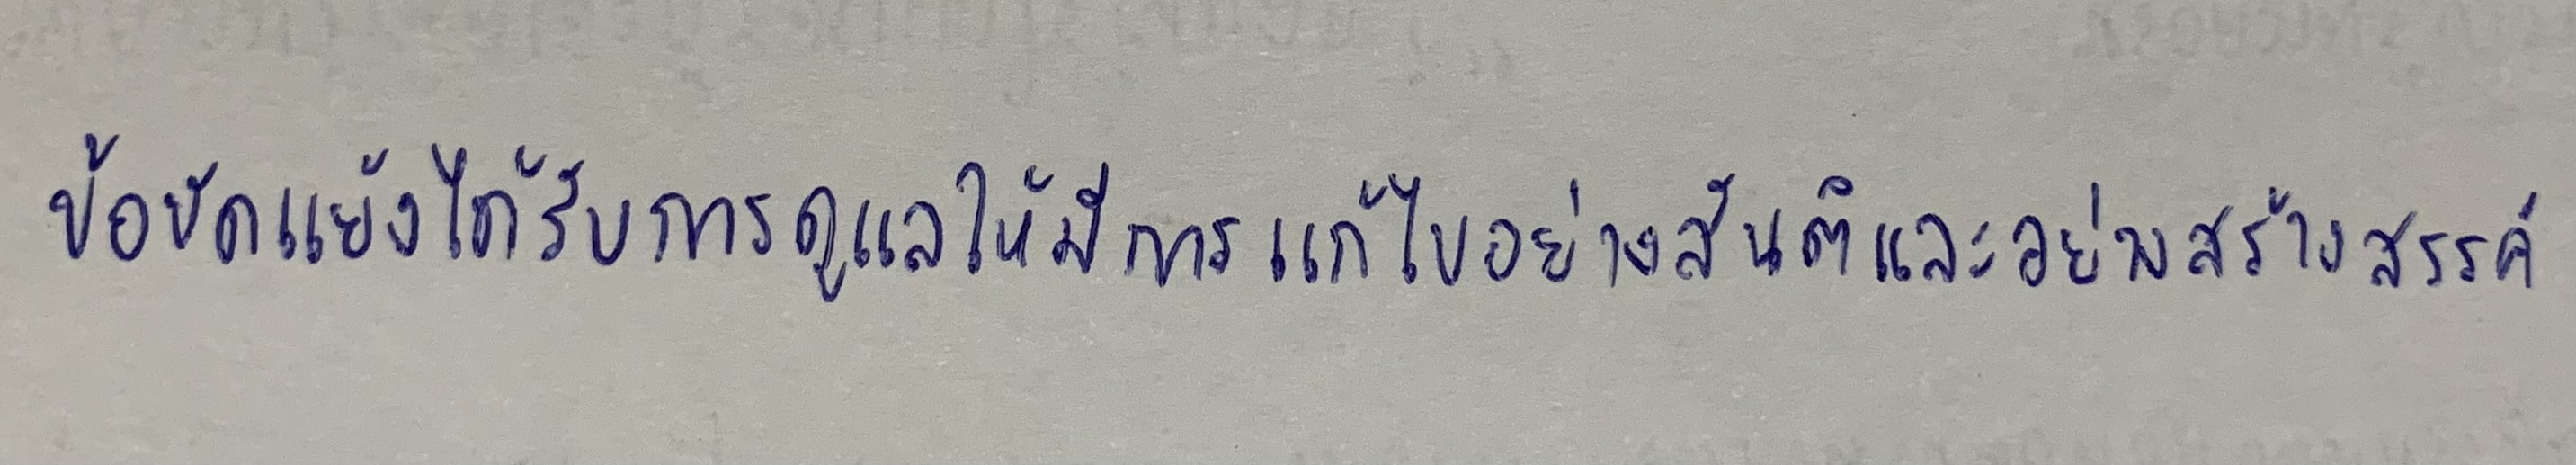
ข้อขัดแย้งได้รับการดูแลให้มีการแก้ไขอย่างสันติและอย่างสร้างสรรค์